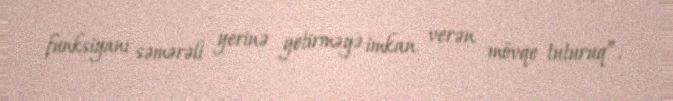
funksiyanı səmərəli yerinə yetirməyə imkan verən mövqe tuturuq”.